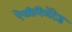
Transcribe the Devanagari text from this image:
ऐसीमिलेटेड